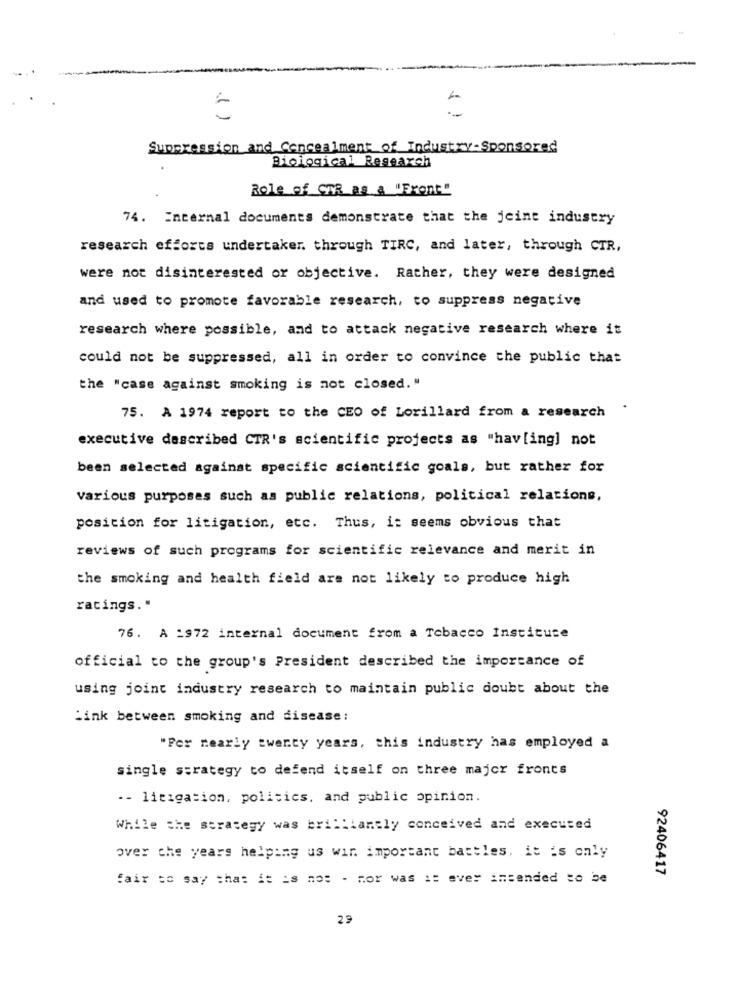
1 )
Suppression and Concealment of Industry-Sponsored
Biological Research
Role of CTR as a "Front"
74. Enternal documents demonstrate that the jeine industry
research efforts undertaker through TIRC, and later, through CTR,
were not disinterested or objective. Rather, they were designed
and used to promote favorable research, to suppress negative
research where possible, and to attack negative research where it
could not be suppressed, all in order to convince the public that
the "case against smoking is not closed."
75. A 1974 report to the CEO of Lorillard from a research
executive described CTR's scientific projects as "hav[ing] not
been selected against specific scientific goals, but rather for
various purposes such as public relations, political relations,
position for litigation, etc. Thus, it seems obvious that
reviews of such programs for scientific relevance and merit in
the smoking and health field are not likely to produce high
ratings."
76. A :972 internal document from a Tobacco Instituce
official to the group's President described the importance of
using joint industry research to maintain public doubt about the
Link between smoking and disease:
"Per nearly twenty years, this industry has employed a
single strategy to defend itself on three major fronts
-- litigation, politics, and public opinion.
While the strategy was brilliantly conceived and executed
over the years helping us win important battles, it is only
92406417
fair se say that it is nos - mor was is ever intended to be
29